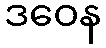
ဒဝေန